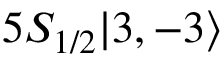
5 S _ { 1 / 2 } | 3 , - 3 \rangle